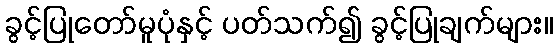
ခွင့်ပြုတော်မူပုံနှင့် ပတ်သက်၍ ခွင့်ပြုချက်များ။